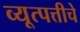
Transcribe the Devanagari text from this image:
व्यूत्पत्तीचे